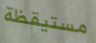
مستيقظة